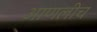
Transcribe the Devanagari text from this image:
आणलीच